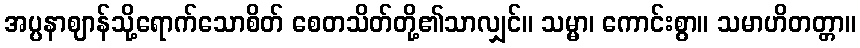
အပ္ပနာဈာန်သို့ရောက်သောစိတ် စေတသိတ်တို့၏သာလျှင်။ သမ္မာ၊ ကောင်းစွာ။ သမာဟိတတ္တာ။